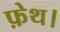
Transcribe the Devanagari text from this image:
फ़ेथ।